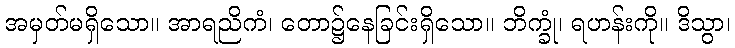
အမှတ်မရှိသော။ အာရညိကံ၊ တော၌နေခြင်းရှိသော။ ဘိက္ခုံ၊ ရဟန်းကို။ ဒိသွာ၊